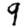
Digit: 9